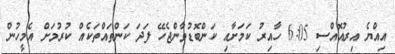
އިިއްޔެ އިރުއޮއްސި 6:05 ހާއިރު ކަމަށާއި ކަންބޮޑުވާންޖެހޭ ފަދަ ކަންތައްތަކެއް ކުރުމަށް އެމީހުން